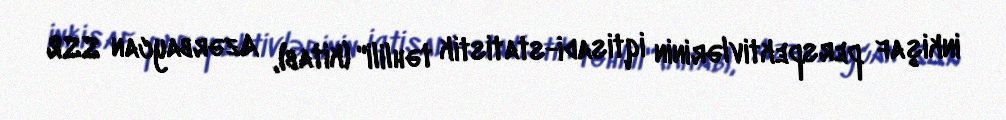
inkişaf perspektivlərinin iqtisadi-statistik təhlili" (kitab), Azərbaycan SSR